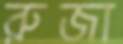
রুজা